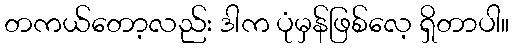
တကယ်တော့လည်း ဒါက ပုံမှန်ဖြစ်လေ့ ရှိတာပါ။